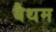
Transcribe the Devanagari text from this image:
बैथम